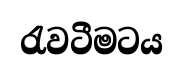
රැවටීමටය